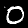
Digit: 0